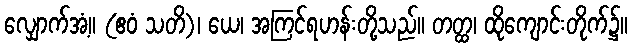
လျှောက်အံ့။ (ဧဝံ သတိ)၊ ယေ၊ အကြင်ရဟန်းတို့သည်။ တတ္ထ၊ ထိုကျောင်းတိုက်၌။